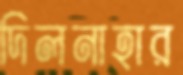
দিলনাহার